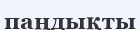
паңдықты